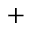
+